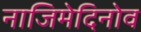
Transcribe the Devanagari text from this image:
नाजिमेदिनोव